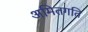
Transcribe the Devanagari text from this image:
अमितगति